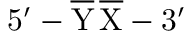
\mathrm { 5 ^ { \prime } - \overline { { Y } } \, \overline { { X } } - 3 ^ { \prime } }